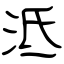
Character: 泜